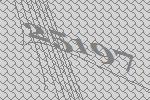
25197